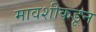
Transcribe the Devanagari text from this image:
मावशीकडून